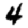
Digit: 4